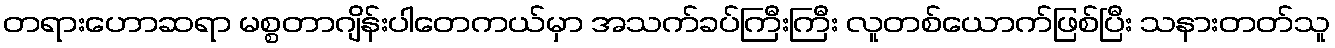
တရားဟောဆရာ မစ္စတာဂျိန်းပါတေကယ်မှာ အသက်ခပ်ကြီးကြီး လူတစ်ယောက်ဖြစ်ပြီး သနားတတ်သူ